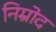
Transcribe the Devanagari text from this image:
निम्रोद